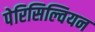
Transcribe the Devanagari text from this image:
पेरिसिल्वियन